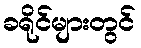
ခရိုင်များတွင်